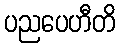
ပညပေဟီတိ